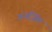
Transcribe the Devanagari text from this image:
ननजिंग